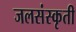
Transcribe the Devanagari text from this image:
जलसंस्कृती